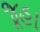
જૂહા